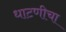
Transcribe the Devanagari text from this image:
धाटणीचा